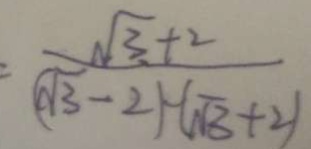
= \frac { \sqrt { 3 } + 2 } { ( \sqrt { 3 } - 2 ) - ( \sqrt { 3 } + 2 ) }